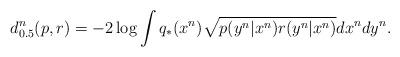
LaTeX: \begin{align*} d^n_{0.5}(p,r)=-2\log \int q_*(x^n)\sqrt{p(y^n|x^n)r(y^n|x^n)}dx^ndy^n.\end{align*}